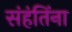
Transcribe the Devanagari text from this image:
संहंतिंना